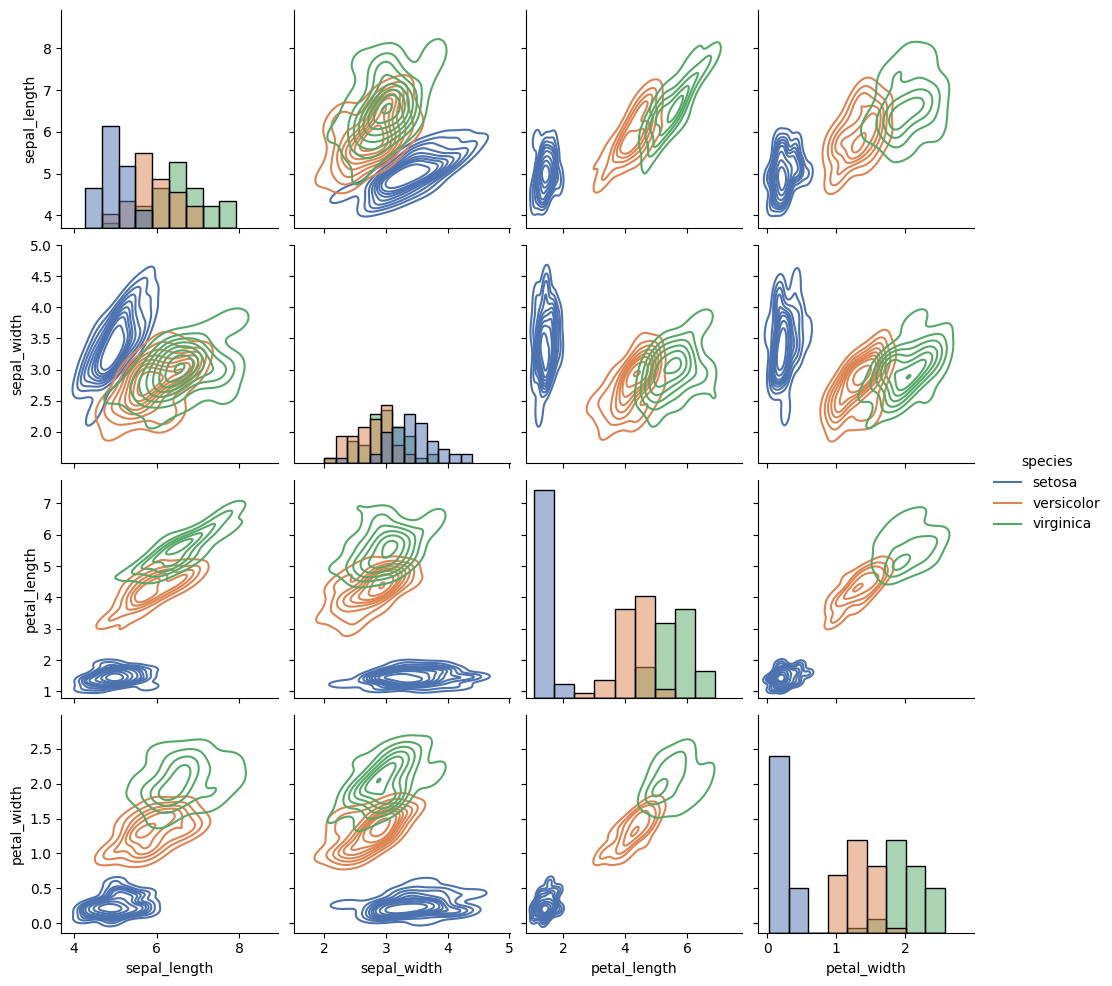
python, seaborn, pairplot, palette='deep', markers=['o'], kind='kde', diag_kind='hist'